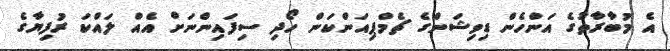
އެ މުބާރާތުގެ އަންހެން ޑިވިޝަންގެ ޗެމްޕިއަންކަން ހޯދި ސިފައިންނަށް އެއް ލައްކަ ރުފިޔާގެ